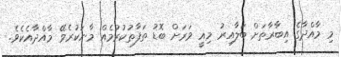
މި މާއްދާގެ އިބާރާތަށް ބަލާއިރު މިއީ ވަރަށް ބޮޑު ތަފާތުކުރުމެއް މާނަކުރެވޭ މާއްދާއެކެވެ.